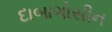
દાબાગોસીન